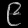
Digit: ၉